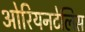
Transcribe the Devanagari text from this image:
ओरियनटेलिस